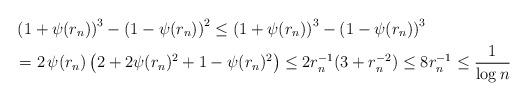
LaTeX: \begin{align*} &\left(1+\psi(r_n)\right)^3-\left(1-\psi(r_n)\right)^2\leq\left(1+\psi(r_n)\right)^3-\left(1-\psi(r_n)\right)^3\\&=2\,\psi(r_n)\left(2+2\psi(r_n)^2+1-\psi(r_n)^2\right) \leq2r_n^{-1}(3+r_n^{-2}) \leq8r_n^{-1}\leq\frac{1}{\log{n}}\end{align*}